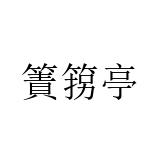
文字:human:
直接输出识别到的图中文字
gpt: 簀箉亭